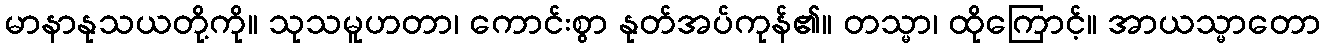
မာနာနုသယတို့ကို။ သုသမူဟတာ၊ ကောင်းစွာ နုတ်အပ်ကုန်၏။ တသ္မာ၊ ထိုကြောင့်။ အာယသ္မာတော